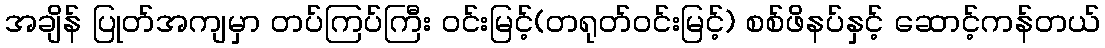
အချိန် ပြုတ်အကျမှာ တပ်ကြပ်ကြီး ဝင်းမြင့်(တရုတ်ဝင်းမြင့်) စစ်ဖိနပ်နှင့် ဆောင့်ကန်တယ်